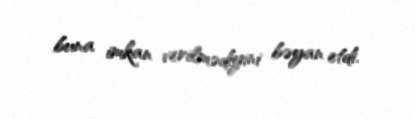
buna imkan verilmədiyini bəyan etdi.